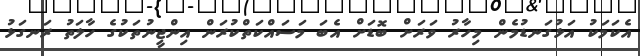
އެކަމަކު އަޅުގަނޑުމެން މިހާރު ވަރަށް ބޮޑަށް އެބަ މަސައްކަތްކުރަން އިންޖީނުތަކުގެ ހާލަތު ރަނގަޅު